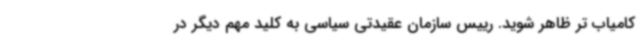
کامیاب تر ظاهر شوید. رییس سازمان عقیدتی سیاسی به کلید مهم دیگر در